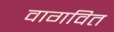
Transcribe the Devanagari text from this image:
वागवित